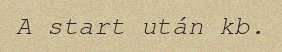
A start után kb.